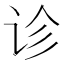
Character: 诊